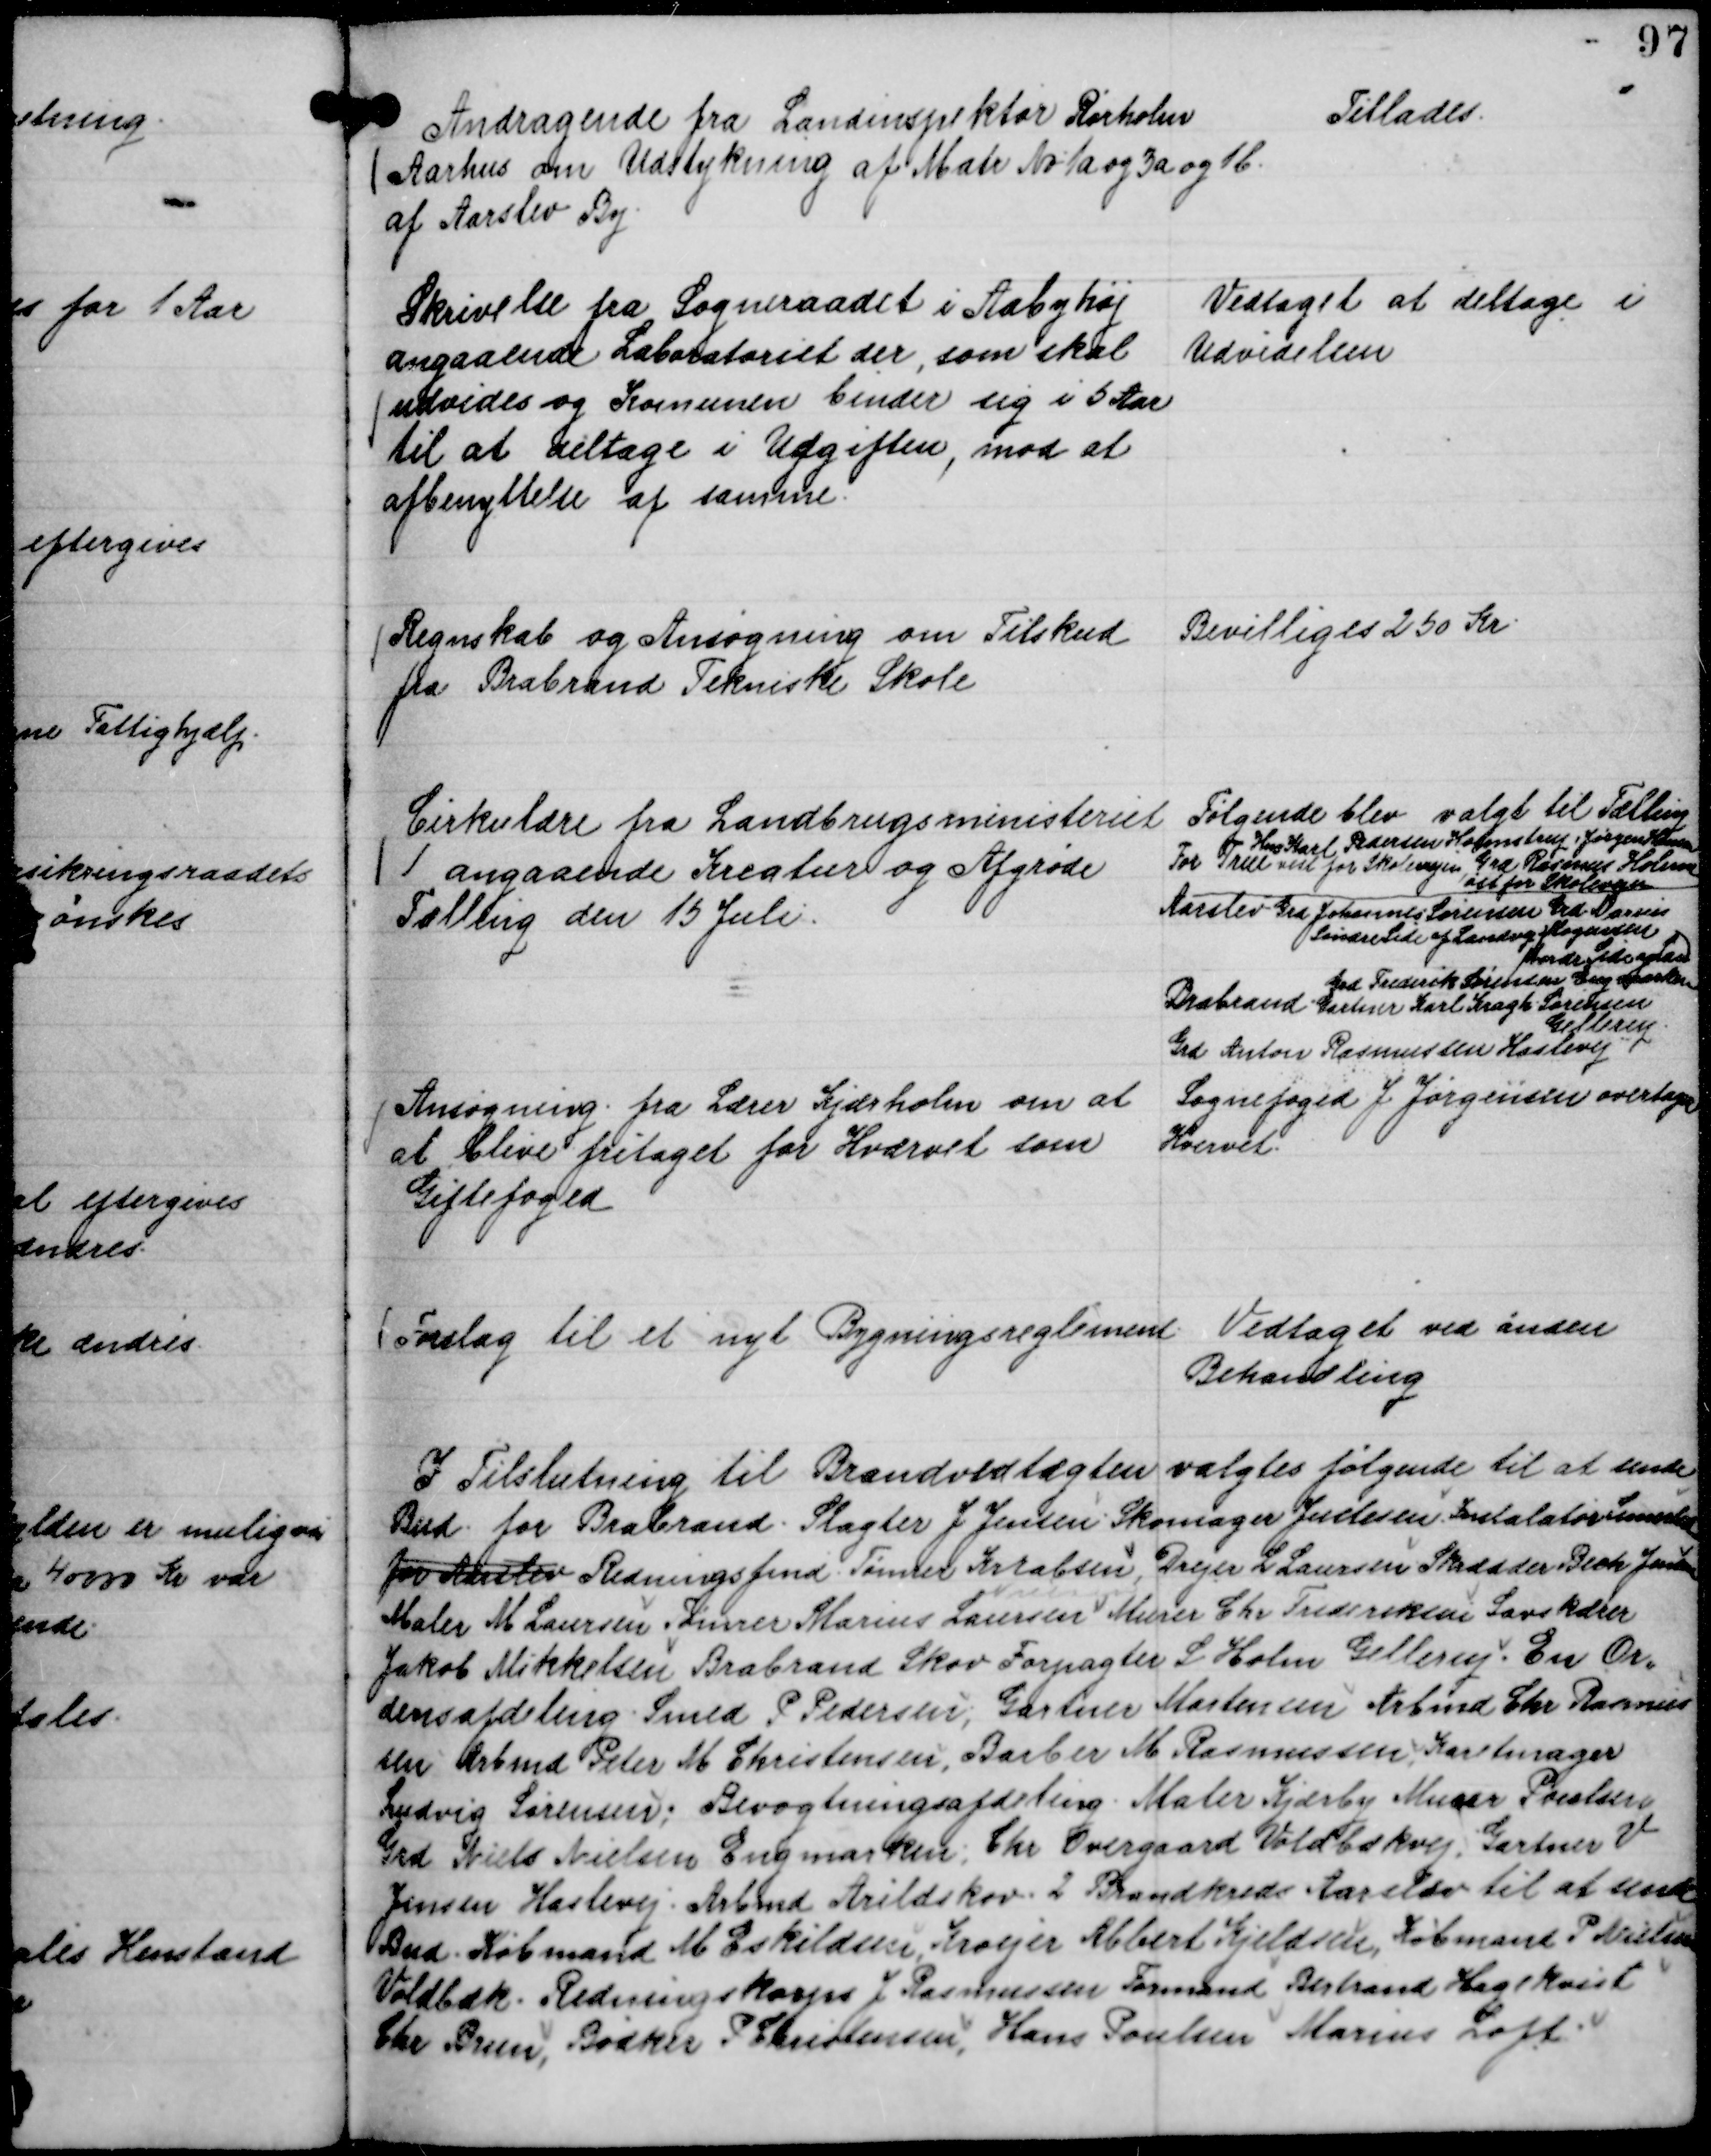
Transskription:
Andragende fra Landinspektør Rørholm
Aarhus om Udstykning af Matr No 1 a og 3 a og 1 b.
af Aarslev By.

Tillades.

Skrivelse fra Sogneraadet i Aabyhøj
angaaende Laboratoriet der, som skal
udvides og Komunen binder sig i 5 Aar
til at deltage i Udgiften, mod at
afbenyttelse af samme.

Vedtaget at deltage i
Udvidelsen

Regnskab og Ansøgning om Tilskud
fra Brabrand Tekniske Skole

Bevilliges 250 Kr.

Cirkulære fra Landbrugsministeriet
angaaende Kreatur og Afgrøde
Tælling den 15 Juli.

Følgende blev valgt til Tælling
Hus Karl Pedersen Holmstrup, Jørgen Hansen
For True vest for Skolevejen, Grd Rasmus Holm
øst for Skolevejen
Aarslev Grd Johannes Sørensen Grd Marius
Mogensen
Søndre Side af Landevej
Nordre Side 
Grd Frederik Sørensen Engmarken
Brabrand Gartner Kragh Sørensen
Gellerup
Grd Anton Rasmussen Haslevej

Ansøgning fra Lærer Kjærholm om at
at blive fritaget for Hværvet som
Giftefoged

Sognefoged J Jørgensen overtager
Hvervet.

Forslag til et nyt Bygningsreglement.

Vedtaget ved anden
Behandling

I Tilslutning til Brandvedtægten valgtes følgende til at sende
Bud for Brabrand. Slagter J Jensen Skomager Justesen Instalatør Simested
for Aarslev Redningsfmd. Tømrer Krabsen, Drejer L Laursen
Skrædder Bech Jensen
Maler M Laursen Tømrer Marius Laursen Murer Chr Frederiksen Savskærer
Jakob Mikkelsen Brabrand Skov Forpagter L Holm Gellerup En Or,,
densafdeling. Smed P Pedersen; Gartner Mortensen Arbmd Chr Rasmus
sen Arbmd Peter M Christensen, Barber M Rasmussen, Karetmager
Ludvig Sørensen; Bevogtningsafdeling. Maler Kjærby Murer Poulsen
Grd Niels Nielsen Engmarken; Chr Overgaard Voldbækvej. Gartner V
Jensen Haslevej. Arbmd Arildskov. 2 Brandkreds Aarslev til at sende
Bud. Købmand M Eskildsen, Kroejer Albert Kjeldsen, Købmand P Nielsen
Voldbæk. Redningskorps J Rasmussen Formand Bertrand Hagelkvist
Chr Brun, Bødker P Christensen, Hans Poulsen Marius Loft.